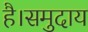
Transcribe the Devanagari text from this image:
है।समुदाय